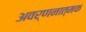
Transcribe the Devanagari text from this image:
अवर्णनात्मक